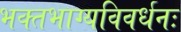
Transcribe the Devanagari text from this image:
भक्‍तभाग्यविवर्धनः